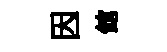
因館